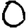
Digit: 0